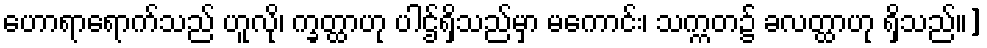
ဟောရာရောက်သည် ဟူလို၊ က္ခတ္ထာဟု ပါဌ်ရှိသည်မှာ မကောင်း၊ သက္ကတ၌ ခလတ္ထာဟု ရှိသည်။]